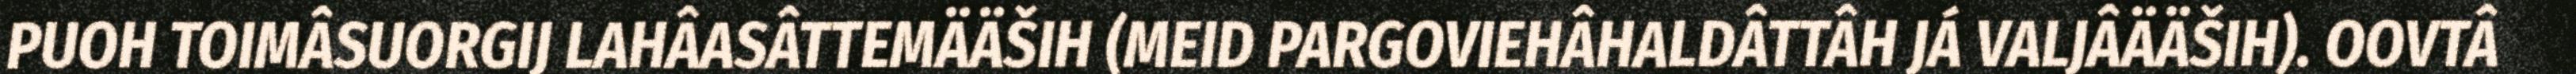
PUOH TOIMÂSUORGIJ LAHÂASÂTTEMÄÄŠIH (MEID PARGOVIEHÂHALDÂTTÂH JÁ VALJÂÄÄŠIH). OOVTÂ